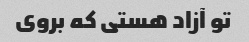
تو آزاد هستی که بروی